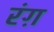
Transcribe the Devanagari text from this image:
रंग़